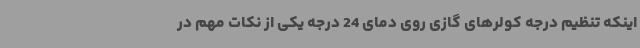
اینکه تنظیم درجه کولرهای گازی روی دمای 24 درجه یکی از نکات مهم در